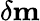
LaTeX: \delta\textbf{m}